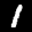
Label: 1